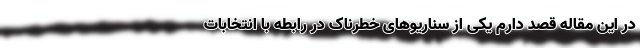
در این مقاله قصد دارم یکی از سناریوهای خطرناک در رابطه با انتخابات